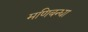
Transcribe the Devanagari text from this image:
मणिबन्धा